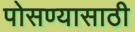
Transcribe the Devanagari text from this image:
पोसण्यासाठी